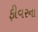
ફીવરના